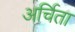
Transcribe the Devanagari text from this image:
अर्चिता